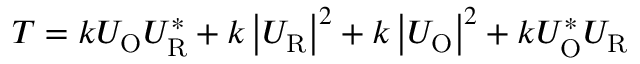
T = k U _ { \mathrm { O } } U _ { \mathrm { R } } ^ { * } + k \left| U _ { \mathrm { R } } \right| ^ { 2 } + k \left| U _ { \mathrm { O } } \right| ^ { 2 } + k U _ { \mathrm { O } } ^ { * } U _ { \mathrm { R } }